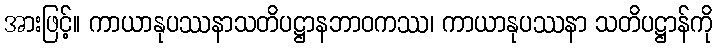
အားဖြင့်။ ကာယာနုပဿနာသတိပဋ္ဌာနဘာဝကဿ၊ ကာယာနုပဿနာ သတိပဋ္ဌာန်ကို